Eesti_Vabariigi_Tartu_Ulikool, lk 108
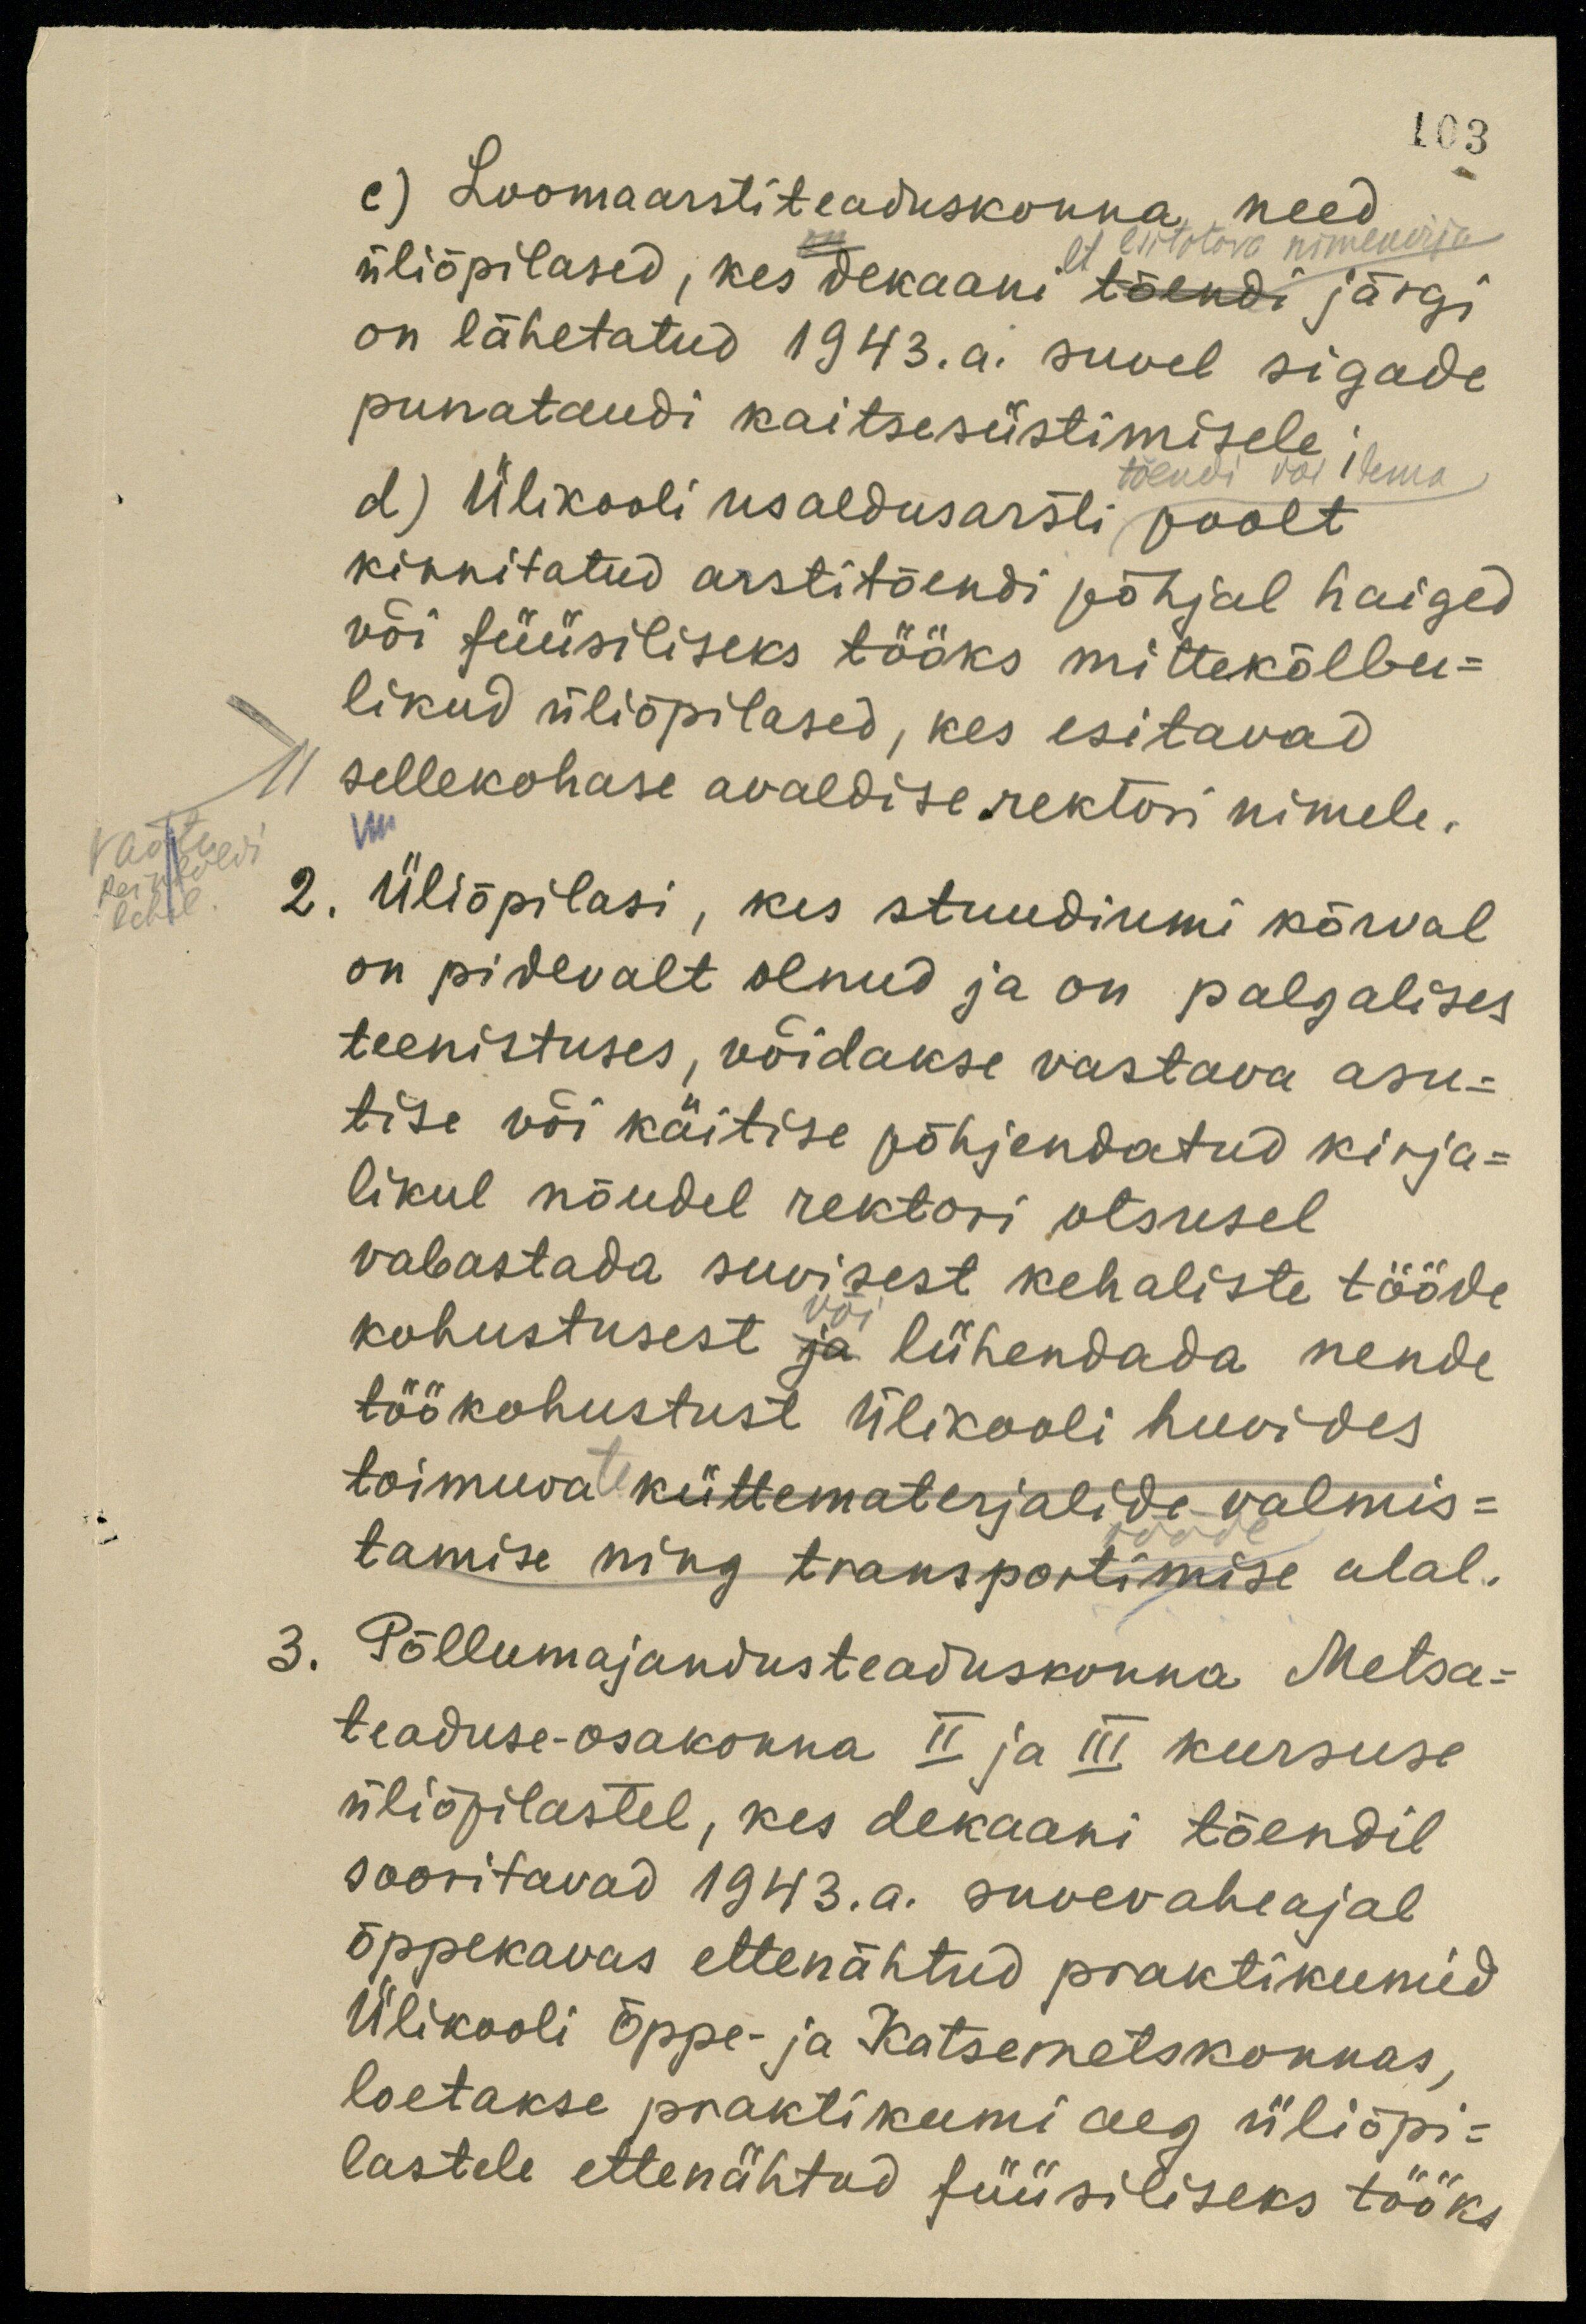
103
c) Loomaarstiteaduskonna need
lt liitetava nimekirja
üliõpilased, kes dekaani tõendi järgi
on lähetatud 1943.a. suvel sigade
punataudi kaitsesüstimisele;
tõendi või tema
d) Ülikooli usaldusarsti poolt
kinnitatud arstitõendi põhjal haiged
või füüsiliseks tööks mittekõlbu-
likud üliõpilased, kes esitavad
sellekohase avaldise rektori nimele.
Vaata
Reinholdi
2. Üliõpilasi, kes stuudiumi kõrval
lehel.
on pidevalt olnud ja on palgalises
teenistuses, võidakse vastava asu-
tise või käitise põhjendatud kirja-
likul nõudel rektori otsusel
vabastada suvisest kehaliste tööde
kohustusest ja lühendada nende
või
töökohustust Ülikooli huvides
toimuvate küttematerjalide valmis-
tööde
tamise ning transportimise alal.
3. Põllumajandusteaduskonna Metsa-
teaduse-osakonna II ja III kursuse
üliõpilastel, kes dekaani tõendil
sooritavad 1943.a. suvevaheajal
õppekavas ettenähtud praktikumid
Ülikooli Õppe- ja Katsemetskonnas,
loetakse praktikumi aeg üliõpi-
lastele ettenähtud füüsiliseks tööks